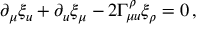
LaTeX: \partial _ { \mu } \xi _ { u } + \partial _ { u } \xi _ { \mu } - 2 \Gamma _ { \mu u } ^ { \rho } \xi _ { \rho } = 0 \, ,